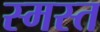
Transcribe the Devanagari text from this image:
स्मस्त